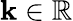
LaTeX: \mathbf{k}\in\mathbb{{R}}